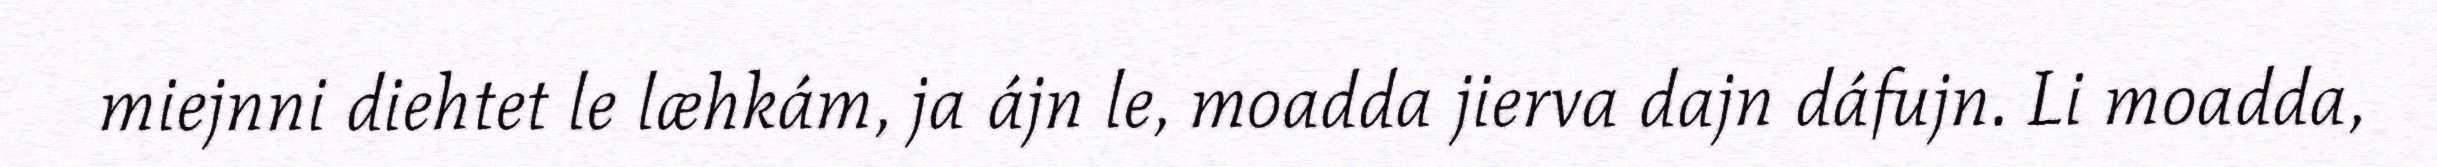
miejnni diehtet le læhkám, ja ájn le, moadda jierva dajn dáfujn. Li moadda,